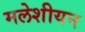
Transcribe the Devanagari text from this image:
मलेशीयन